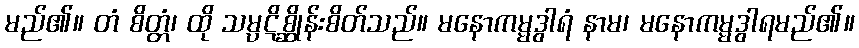
မည်၏။ တံ စိတ္တံ၊ ထို သမ္ပဋိစ္ဆိုန်းစိတ်သည်။ မနောကမ္မဒွါရံ နာမ၊ မနောကမ္မဒွါရမည်၏။